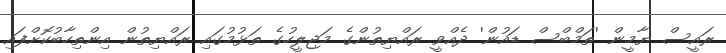
ރައީސް ޔާމީން 'ތަމްބްސް ޑައުން' ދެއްވީ ރައްޔިތުންގެ މަޖިލީހުގެ ތަޅުމުގައި ރައްޔިތުން އިންތިހާބުކޮށްފައި